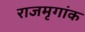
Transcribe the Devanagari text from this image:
राजमृगांक